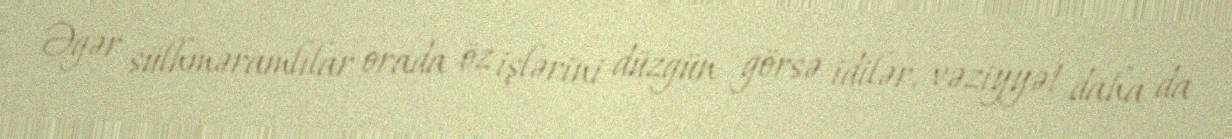
Əgər sülhməramlılar orada öz işlərini düzgün görsə idilər, vəziyyət daha da